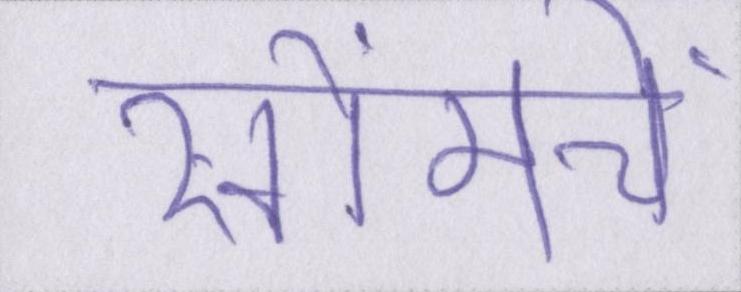
खोंमचे